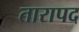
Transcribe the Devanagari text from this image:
तारापद